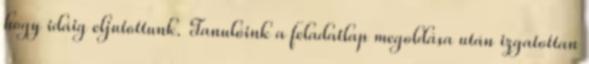
hogy idáig eljutottunk. Tanulóink a feladatlap megoldása után izgatottan